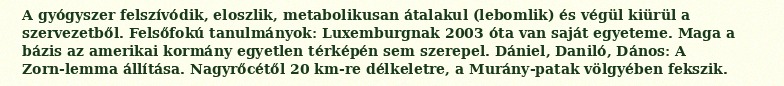
A gyógyszer felszívódik, eloszlik, metabolikusan átalakul (lebomlik) és végül kiürül a szervezetből. Felsőfokú tanulmányok: Luxemburgnak 2003 óta van saját egyeteme. Maga a bázis az amerikai kormány egyetlen térképén sem szerepel. Dániel, Daniló, Dános: A Zorn-lemma állítása. Nagyrőcétől 20 km-re délkeletre, a Murány-patak völgyében fekszik.